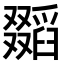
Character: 𠮐